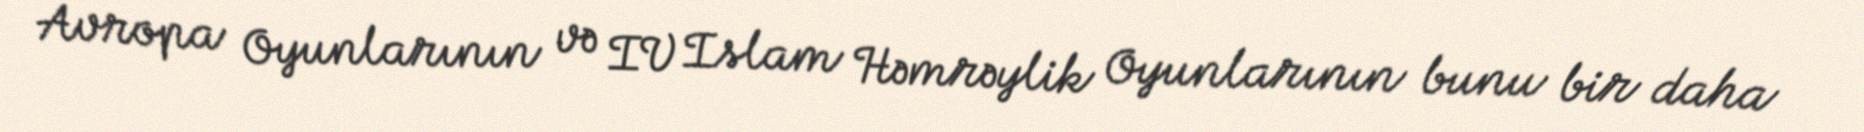
Avropa Oyunlarının və IV Islam Həmrəylik Oyunlarının bunu bir daha